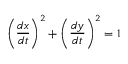
\left( { \frac { d x } { d t } } \right) ^ { 2 } + \left( { \frac { d y } { d t } } \right) ^ { 2 } = 1